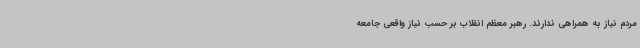
مردم نیاز به همراهی ندارند. رهبر معظم انقلاب بر حسب نیاز واقعی جامعه